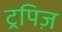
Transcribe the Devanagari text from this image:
ट्रपिज़